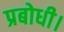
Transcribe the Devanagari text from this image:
प्रबोधी।